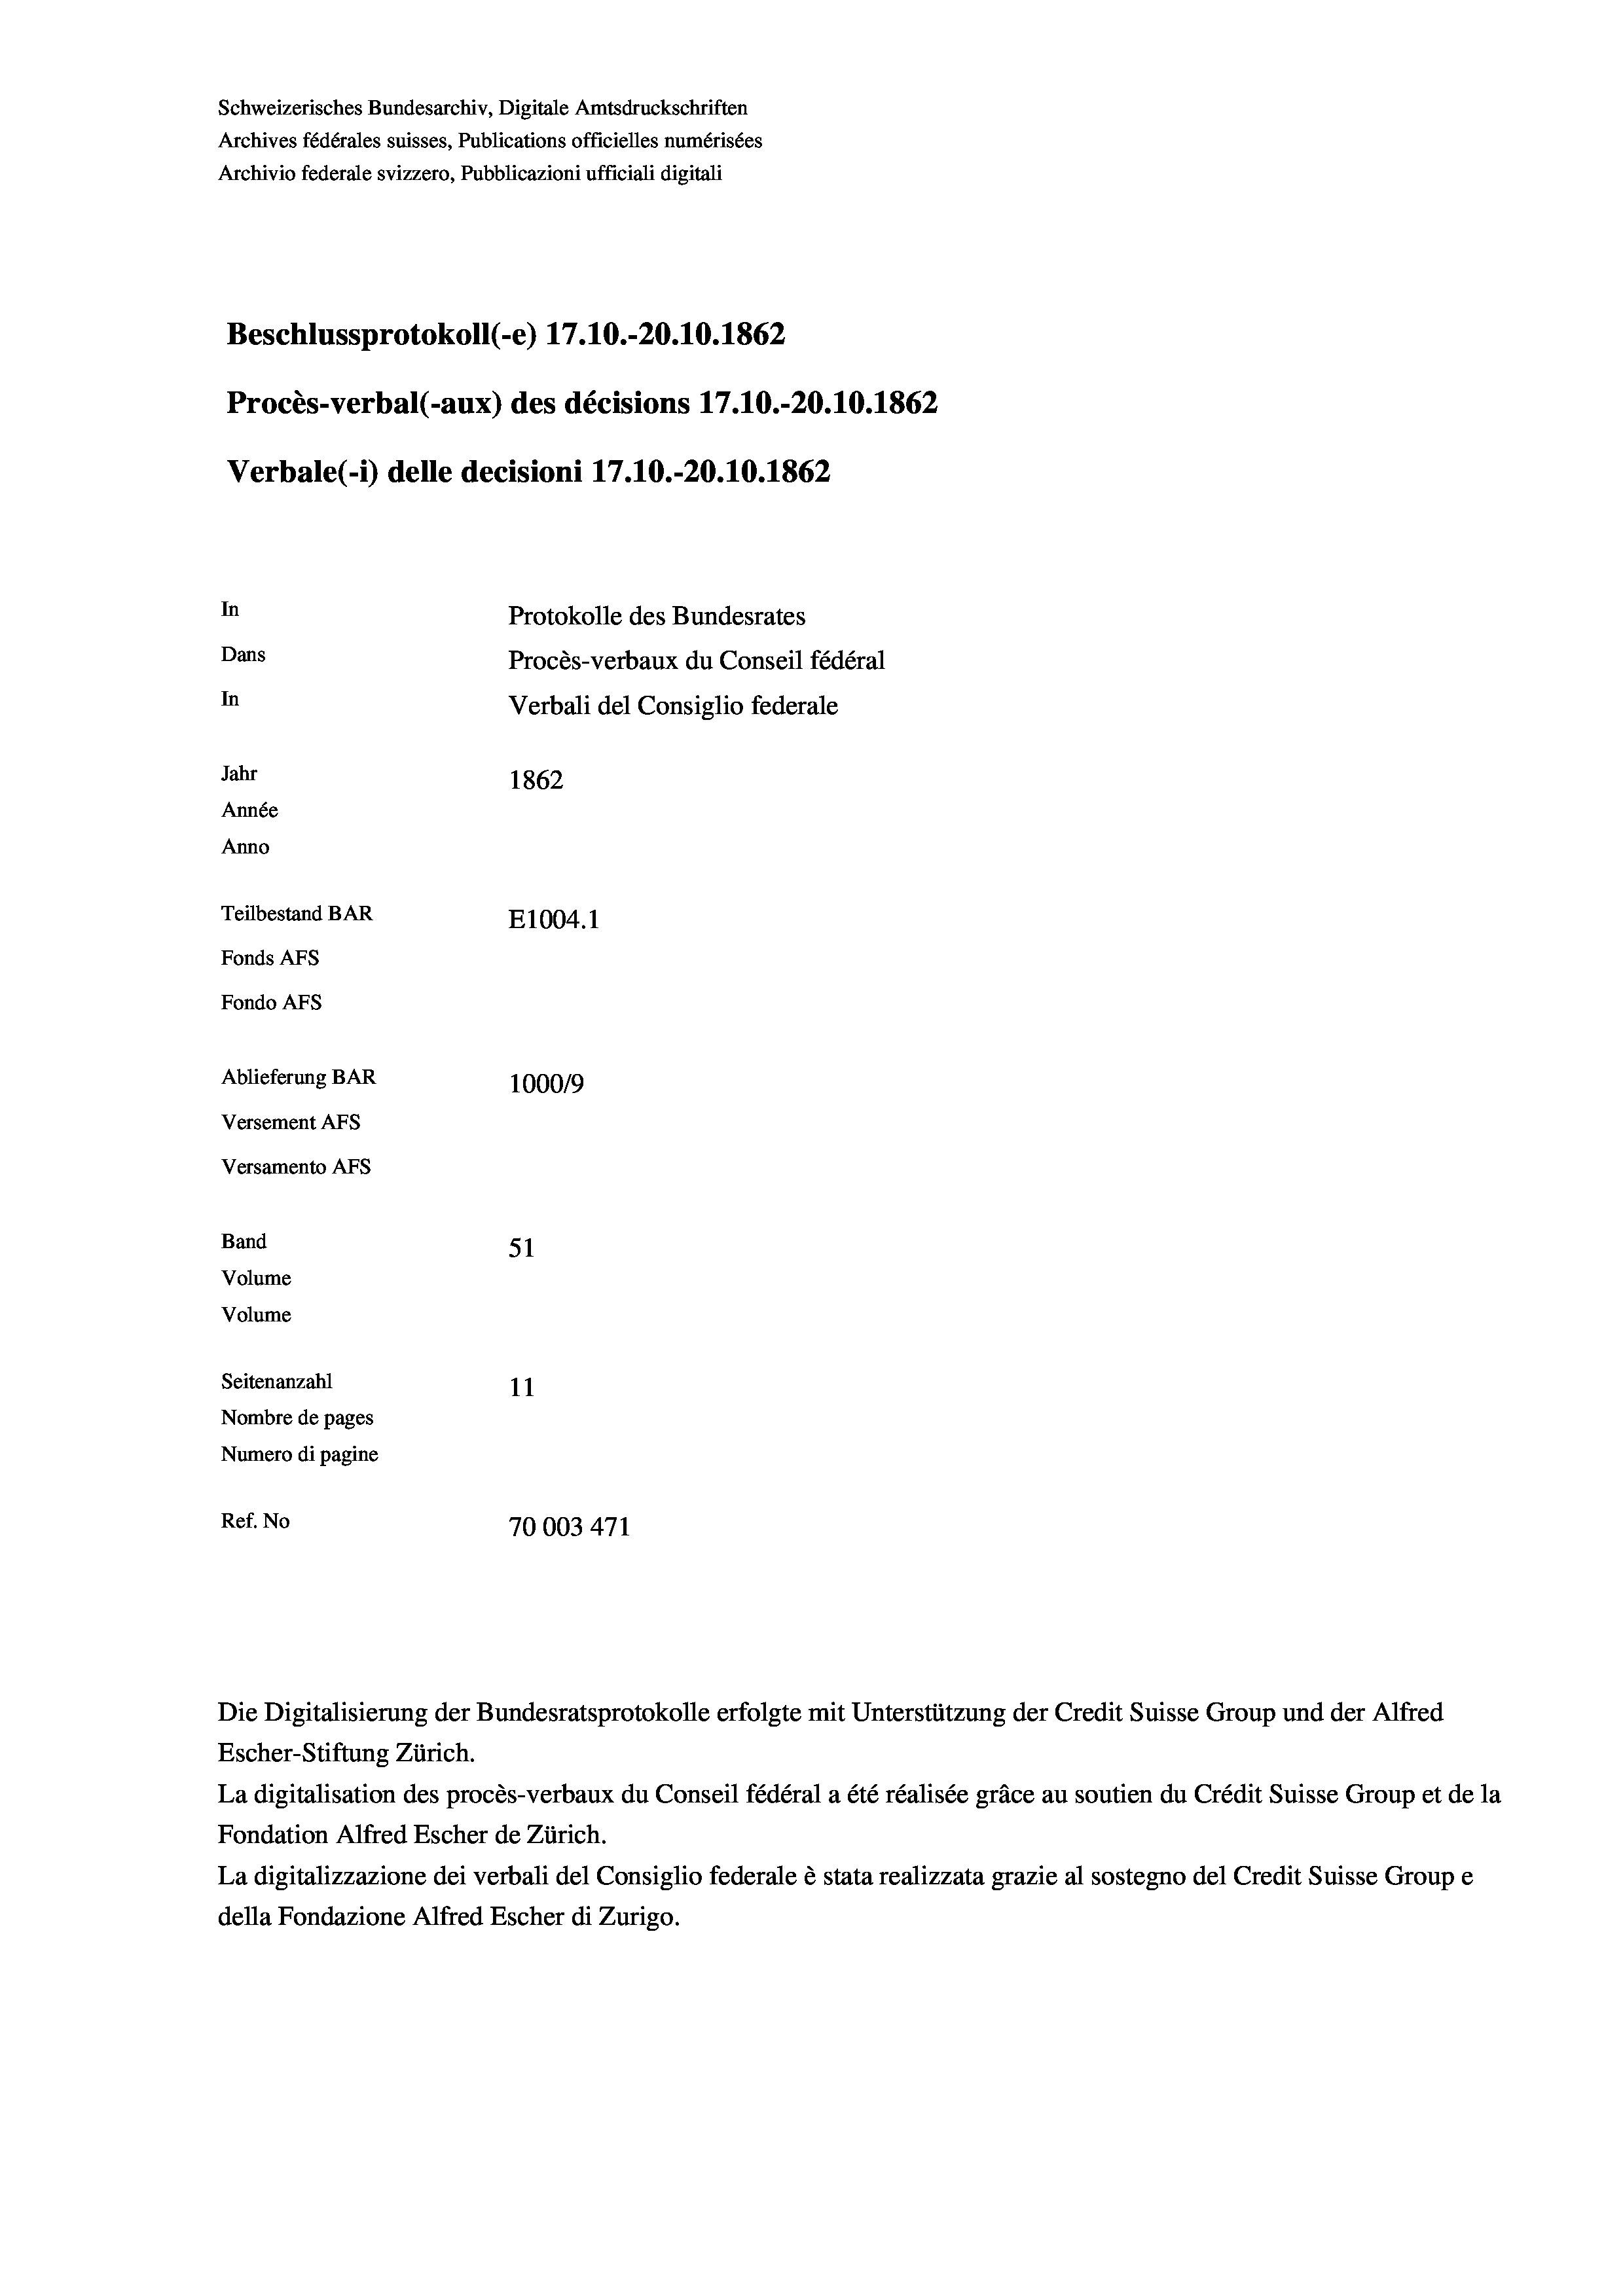
Schweizerisches Bundesarchiv, Digitale Amtsdruckschriften
Archives fédérales suisses, Publications officielles numérisées
Archivio federale svizzero, Pubblicazioni ufficiali digitali
Beschlussprotokoll (-e) 17.10.-20.10.1862
Procès-verbal (-aux) des décisions 17.10.-20.10.1862
Verbale (1) delle decisioni 17.10.-20.10.1862
In
Protokolle des Bundesrates
Dans
Procès-verbaux du Conseil fédéral
In
Verbali del Consiglio federale
Jahr
1862
Année
Anno
Teilbestand BAR
E1004. 1
Fonds AFs
Fondo AFS
Ablieferung BAR
100019
Versement AFs
Versamento AFs

Band
Volume
Volume

51
Seitenanzahl
11
Nombre de pages
Numero di pagine
Ref. No
70003 471

Die Digitalisierung der Bundesratsprotokolle erfolgte mit Unterstützung der Credit Suisse Group und der Alfred
Escher-Stiftung Zürich.

La digitalisation des procès-verbaux du Conseil fédéral a été réalisée gräce au soutien du Crédit Suisse Group et de la
Fondation Alfred Escher de Zürich.
La digitalizzazione dei verbali del Consiglio federale è stata realizzata grazie al sostegno del Credit Suisse Groupe
della Fondazione Alfred Escher di Zurigo.